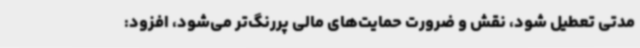
مدتی تعطیل شود، نقش و ضرورت حمایت‌های مالی پررنگ‌تر می‌شود، افزود: